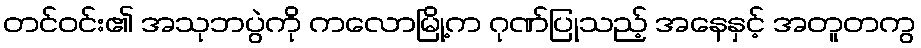
တင်ဝင်း၏ အသုဘပွဲကို ကလောမြို့က ဂုဏ်ပြုသည့် အနေနှင့် အတူတကွ